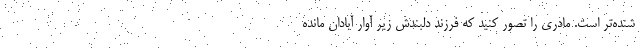
شنده‌تر است. مادری را تصور کنید که فرزند دلبندش زیر آوار آبادان مانده